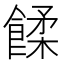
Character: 𩜷